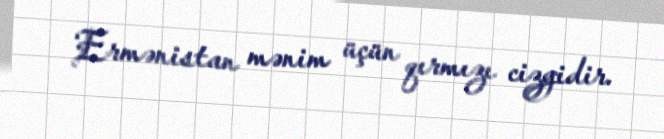
Ermənistan mənim üçün qırmızı cizgidir.